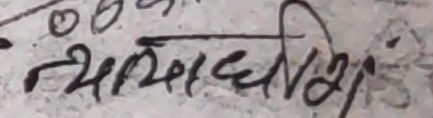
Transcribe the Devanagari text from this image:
न्यलमधीश